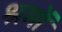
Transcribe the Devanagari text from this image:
श्रमों